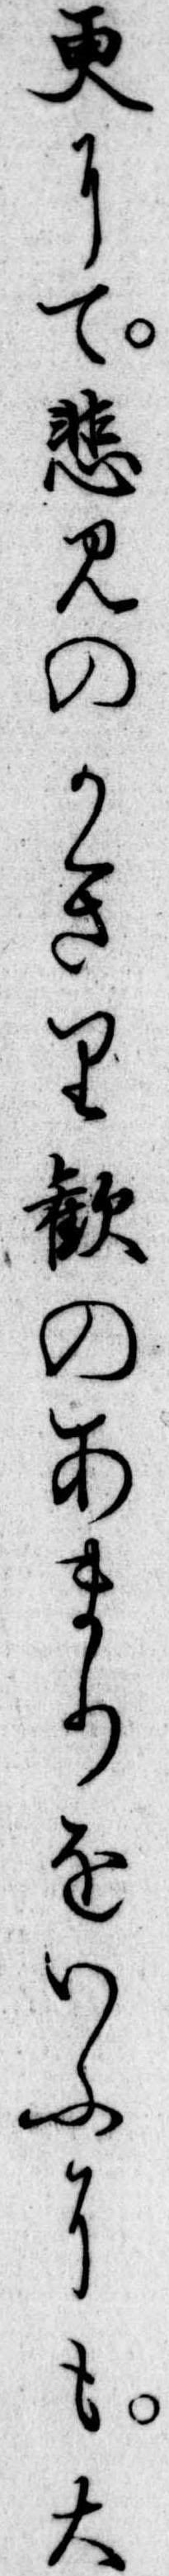
更にて悲みのかきり歓のあまりをいふにも大